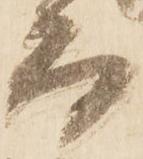
而